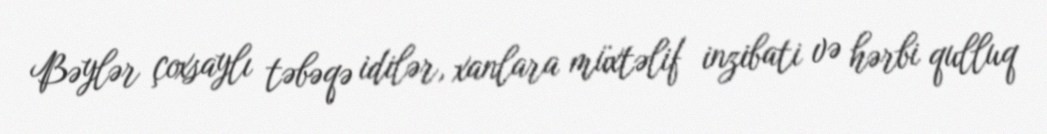
Bəylər çoxsaylı təbəqə idilər, xanlara müxtəlif inzibati və hərbi qulluq